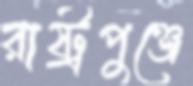
রাষ্ট্রপুঞ্জে